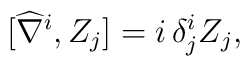
[\widehat{\nabla}^i, Z_j] = i\,\delta^i_j Z_j,